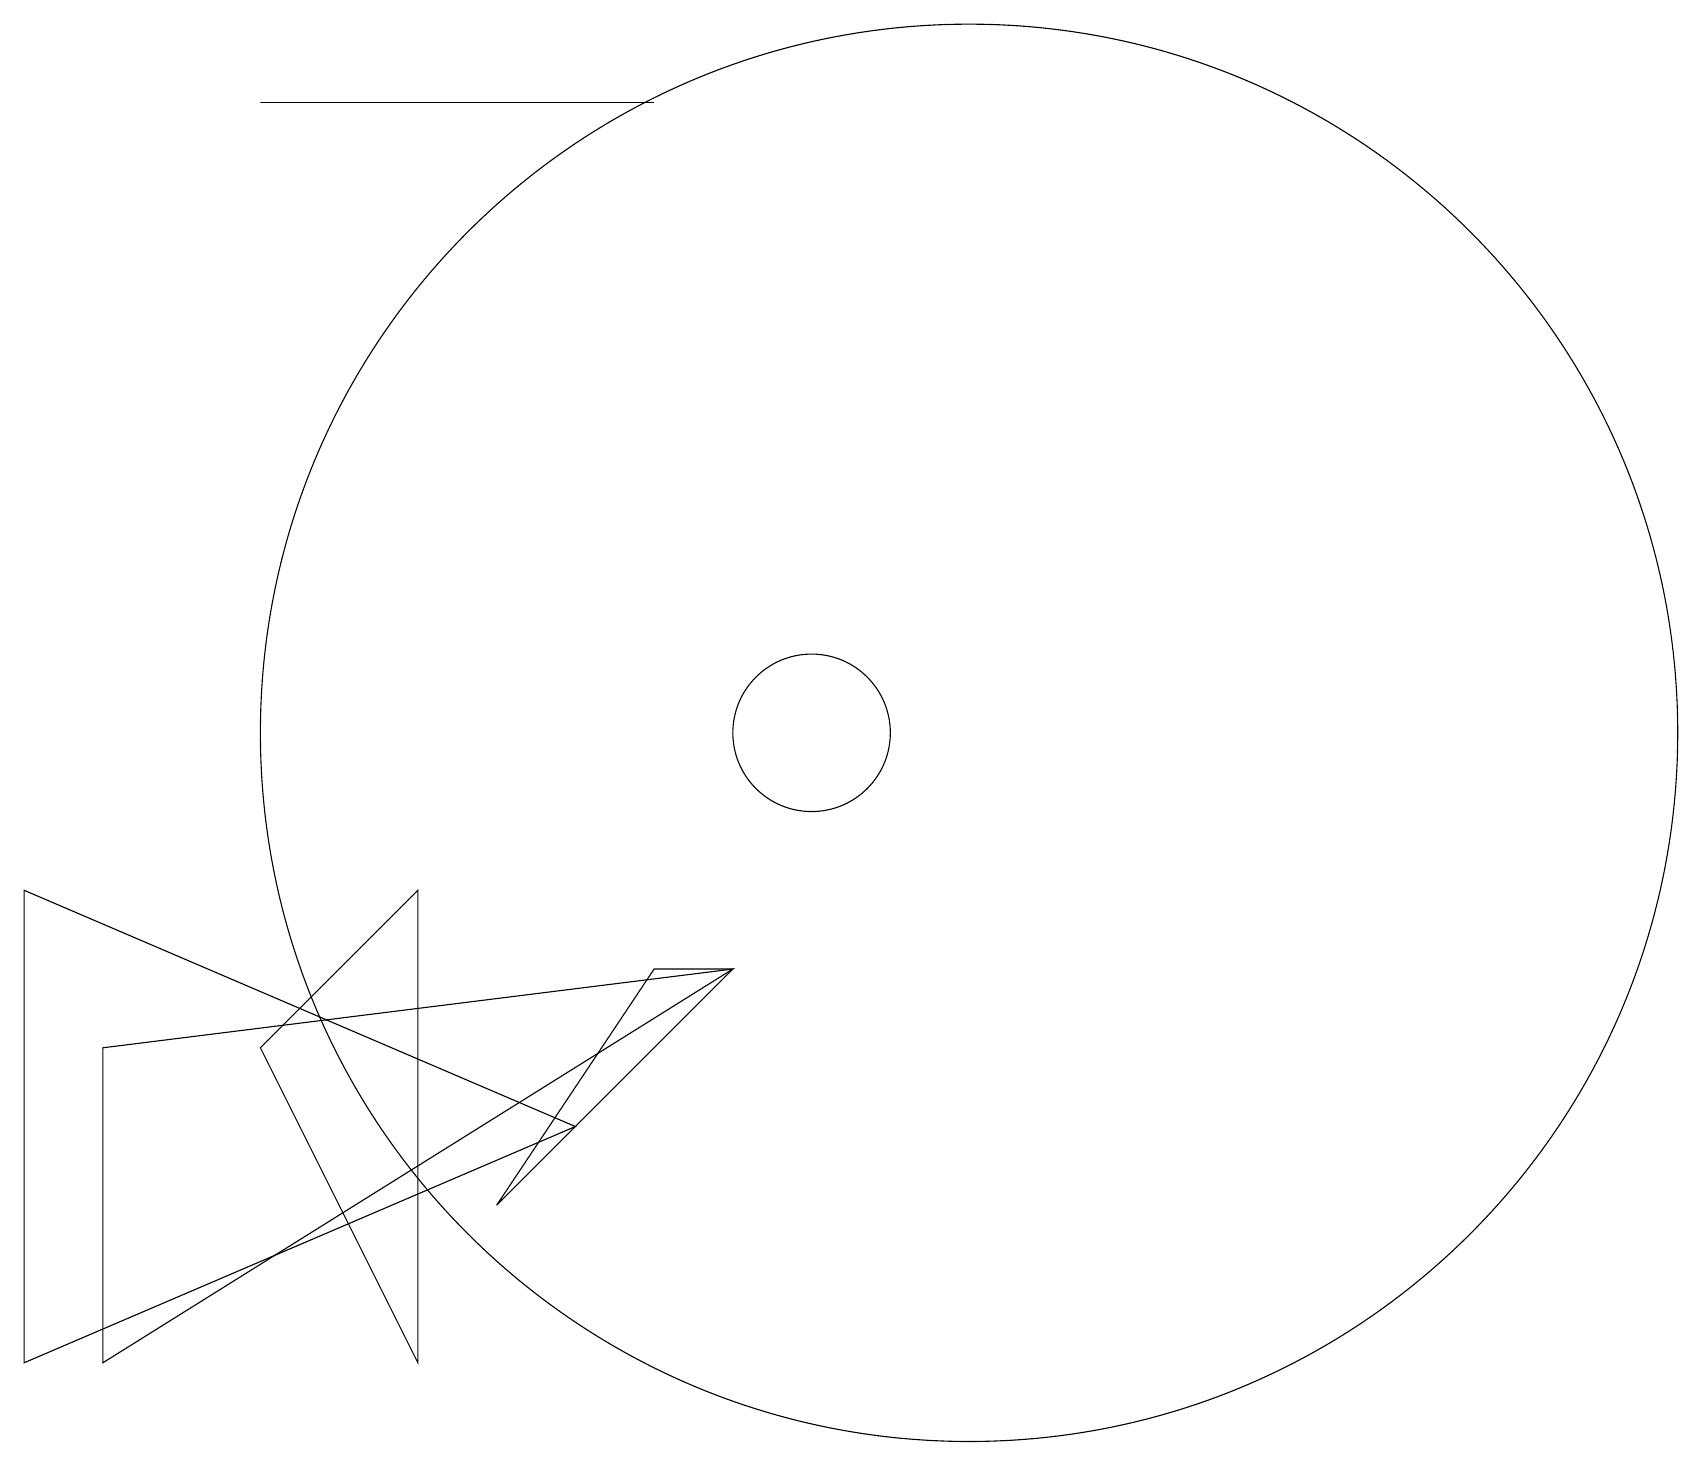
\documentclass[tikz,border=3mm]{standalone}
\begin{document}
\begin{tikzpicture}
\draw (6,4) -- (9,7) -- (8,7) -- cycle;
\draw (7,5) -- (0,2) -- (0,8) -- cycle;
\draw (3,6) -- (5,8) -- (5,2) -- cycle;
\draw (8,18) rectangle (3,18);
\draw (10,10) circle (1);
\draw (12,10) circle (9);
\draw (9,7) -- (1,2) -- (1,6) -- cycle;
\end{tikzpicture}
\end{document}